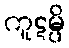
ကူဋမ္ပိ